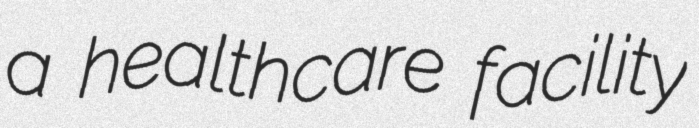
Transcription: a healthcare facility